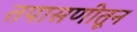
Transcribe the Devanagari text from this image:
तपासणीतून